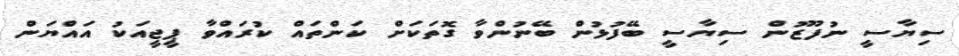
ސިޔާސީ ނުފޫޒުން ސިޔާސީ ބޭފުޅުން ބޭނުންވާ ގޮތަކަށް ކަންތައް ކުރައްވާ ޕީޖީއަކު އައްޔަން